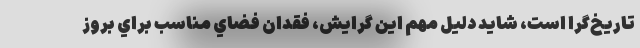
تاريخ‌گرا است، شايد دليل مهم اين گرايش، فقدان فضاي مناسب براي بروز